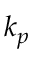
{ { k } _ { p } }